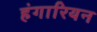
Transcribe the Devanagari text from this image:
हंगारियन